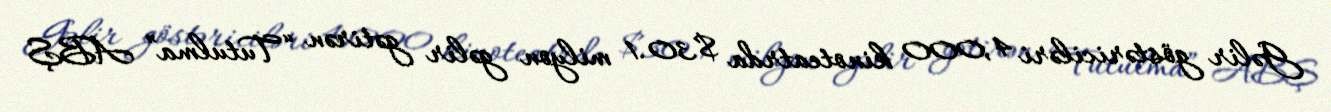
Gəlir göstəriciləri 4,000 kinoteatrda $30.1 milyon gəlir gətirən “Tutulma” ABŞ